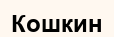
Кошкин